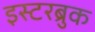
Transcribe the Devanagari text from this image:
इस्टरब्रुक